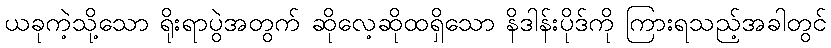
ယခုကဲ့သို့သော ရိုးရာပွဲအတွက် ဆိုလေ့ဆိုထရှိသော နိဒါန်းပိုဒ်ကို ကြားရသည့်အခါတွင်